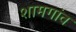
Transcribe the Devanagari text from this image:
शामगांव